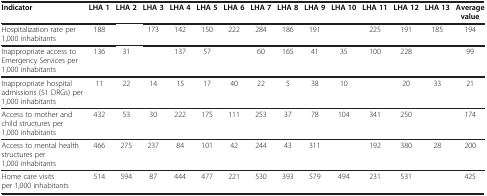
| Indicator | LHA 1 | LHA 2 | LHA 3 | LHA 4 | LHA 5 | LHA 6 | LHA 7 | LHA 8 | LHA 9 | LHA 10 | LHA 11 | LHA 12 | LHA 13 | Average value |
 | --- | --- | --- | --- | --- | --- | --- | --- | --- | --- | --- | --- | --- | --- | --- |
 | Hospitalization rate per 1,000 inhabitants | 188 |  | 173 | 142 | 150 | 222 | 284 | 186 | 191 |  | 225 | 191 | 185 | 194 |
 | Inappropriate access to Emergency Services per 1,000 inhabitants | 136 | 31 |  | 137 | 57 |  | 60 | 165 | 41 | 35 | 100 | 228 |  | 99 |
 | Inappropriate hospital admissions (51 DRGs) per 1,000 inhabitants | 11 | 22 | 14 | 15 | 17 | 40 | 22 | 5 | 38 | 10 |  | 20 | 33 | 21 |
 | Access to mother and child structures per 1,000 inhabitants | 432 | 53 | 30 | 222 | 175 | 111 | 253 | 37 | 78 | 104 | 341 | 250 |  | 174 |
 | Access to mental health structures per 1,000 inhabitants | 466 | 275 | 237 | 84 | 101 | 42 | 244 | 43 | 311 |  | 192 | 380 | 28 | 200 |
 | Home care visits per 1,000 inhabitants | 514 | 594 | 87 | 444 | 477 | 221 | 530 | 393 | 579 | 494 | 231 | 531 |  | 425 |